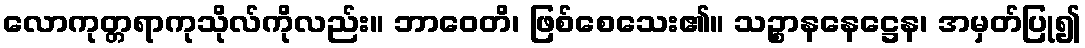
လောကုတ္တရာကုသိုလ်ကိုလည်း။ ဘာဝေတိ၊ ဖြစ်စေသေး၏။ သဉ္စာနနေဋ္ဌေန၊ အမှတ်ပြု၍